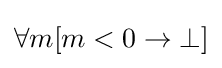
\forall m[m<0\rightarrow \bot ]